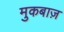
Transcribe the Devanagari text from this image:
मुकबाज़